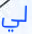
لي